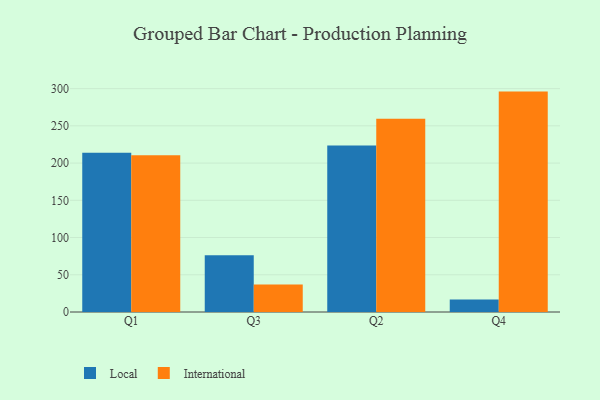
{"axis": {"x": "Quarter", "y": "Active Users"}, "legend": ["International", "Local"], "data": [{"x": "Q1", "y": 213.9, "type": "Local"}, {"x": "Q1", "y": 210.4, "type": "International"}, {"x": "Q3", "y": 76.1, "type": "Local"}, {"x": "Q3", "y": 37.0, "type": "International"}, {"x": "Q2", "y": 223.6, "type": "Local"}, {"x": "Q2", "y": 259.4, "type": "International"}, {"x": "Q4", "y": 16.8, "type": "Local"}, {"x": "Q4", "y": 296.0, "type": "International"}]}